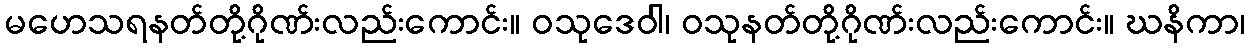
မဟေသရနတ်တို့ဂိုဏ်းလည်းကောင်း။ ဝသုဒေဝါ၊ ဝသုနတ်တို့ဂိုဏ်းလည်းကောင်း။ ဃနိကာ၊